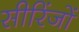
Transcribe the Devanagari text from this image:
सीरिंजों